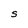
Character: S